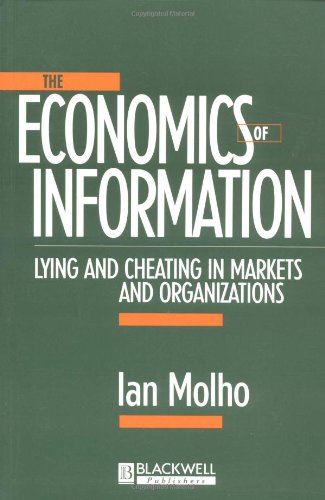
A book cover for The Economics of Information: Lying and Cheating in Markets and Organizations; Ian Molho; Business & Money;